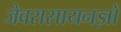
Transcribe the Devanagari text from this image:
जैवरासायनज्ञों